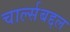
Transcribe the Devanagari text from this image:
चार्ल्सबद्दल